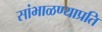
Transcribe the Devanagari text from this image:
सांभाळण्याप्रति